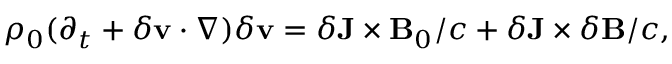
\begin{array} { r } { \rho _ { 0 } ( \partial _ { t } + \delta \mathbf { v } \cdot \nabla ) \delta \mathbf { v } = \delta \mathbf { J } \times \mathbf { B } _ { 0 } / c + \delta \mathbf { J } \times \delta \mathbf { B } / c , } \end{array}